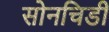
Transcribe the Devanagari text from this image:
सोनचिडी